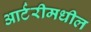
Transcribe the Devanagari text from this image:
आर्टरीमधील